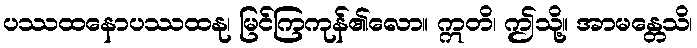
ပဿထနောပဿထနု၊ မြင်ကြကုန်၏လော။ ဣတိ၊ ဤသို့။ အာမန္တေသိ၊